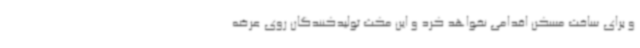
و برای ساخت مسکن اقدامی نخواهد کرد و این مکث تولیدکنندگان روی عرضه